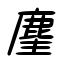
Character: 麈